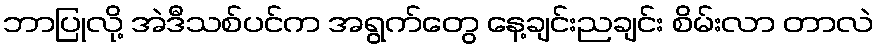
ဘာပြုလို့ အဲဒီသစ်ပင်က အရွက်တွေ နေ့ချင်းညချင်း စိမ်းလာ တာလဲ